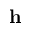
\mathbf { h }